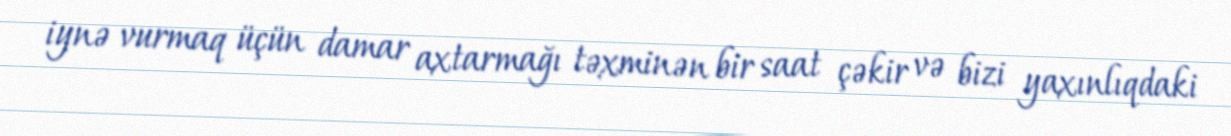
iynə vurmaq üçün damar axtarmağı təxminən bir saat çəkir və bizi yaxınlıqdaki